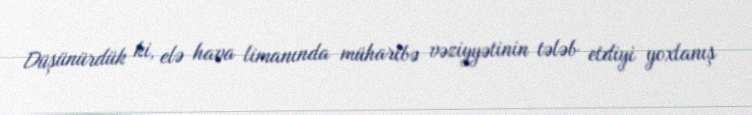
Düşünürdük ki, elə hava limanında müharibə vəziyyətinin tələb etdiyi yoxlanış